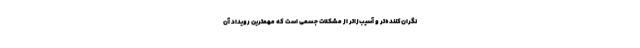
نگران‌کننده‌تر و آسیب‌زاتر از مشکلات جسمی است که مهمترین رویداد آن